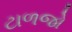
ટાળજો